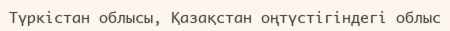
Түркістан облысы, Қазақстан оңтүстігіндегі облыс